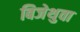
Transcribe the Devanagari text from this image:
बिजेथुवा